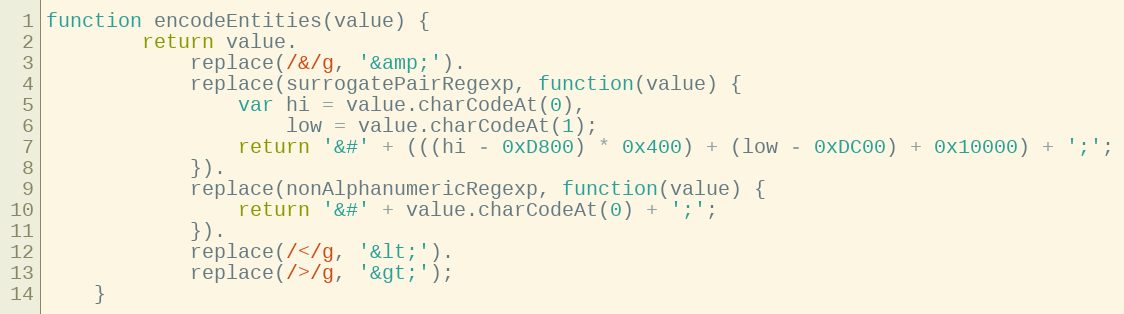
Language: JavaScript
function encodeEntities(value) {
        return value.
            replace(/&/g, '&amp;').
            replace(surrogatePairRegexp, function(value) {
                var hi = value.charCodeAt(0),
                    low = value.charCodeAt(1);
                return '&#' + (((hi - 0xD800) * 0x400) + (low - 0xDC00) + 0x10000) + ';';
            }).
            replace(nonAlphanumericRegexp, function(value) {
                return '&#' + value.charCodeAt(0) + ';';
            }).
            replace(/</g, '&lt;').
            replace(/>/g, '&gt;');
    }